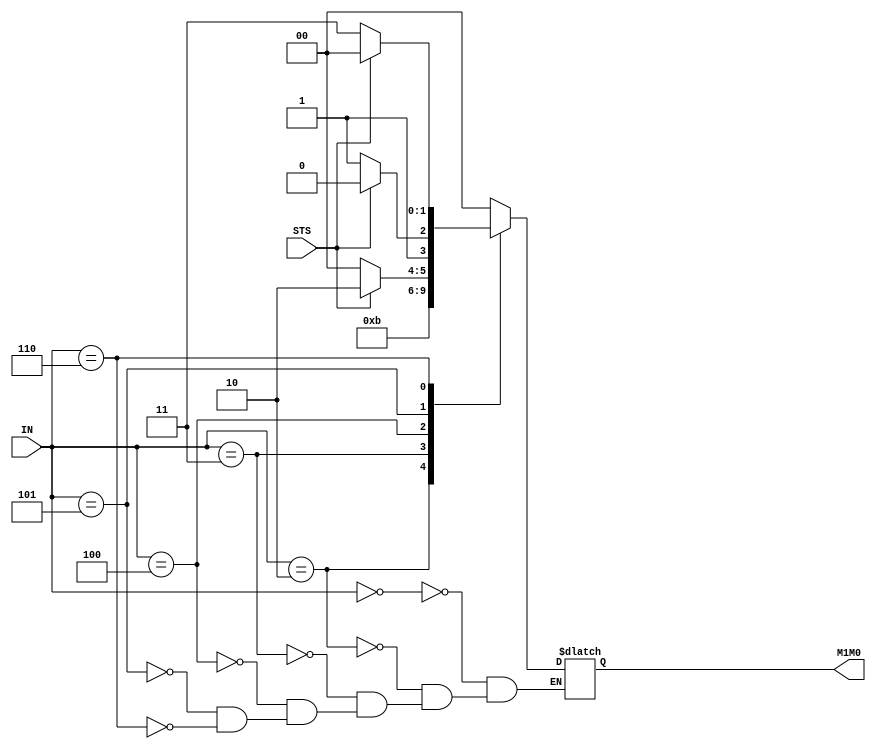
module NextStateAdd (output reg[1:0] M1M0, input [2:0]IN, input STS);

    
	always @ (IN,STS)

	case(IN)
		3'b000: M1M0 = 2'b00;	//Encoder regardless STS value
	
		3'b010: M1M0 = 2'b10;	//Control Register regardless STS value

		3'b011: M1M0 = 2'b11;	//Incrementer regardless STS value

		3'b100: begin
			if(!STS) M1M0 = 2'b00;	//Encoder
			else M1M0 = 2'b10;	//Control Register
		end


		3'b101: begin
			if(!STS) M1M0 = 2'b11;	//Incrementer
			else M1M0 = 2'b10;	//Control Register
		end


		3'b110: begin 
			if(!STS) M1M0 = 2'b11;	//Incrementer
			else M1M0 = 2'b00;	//Encoder
		end

	endcase // IN

endmodule // NextStateAdd

// Vi Ghost in the shell. Estuvo mas o menos...